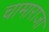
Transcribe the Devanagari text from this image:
चामाराजा